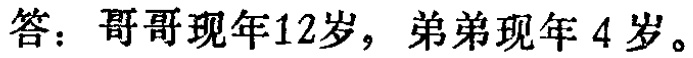
答：哥哥现年12岁，弟弟现年 4岁。